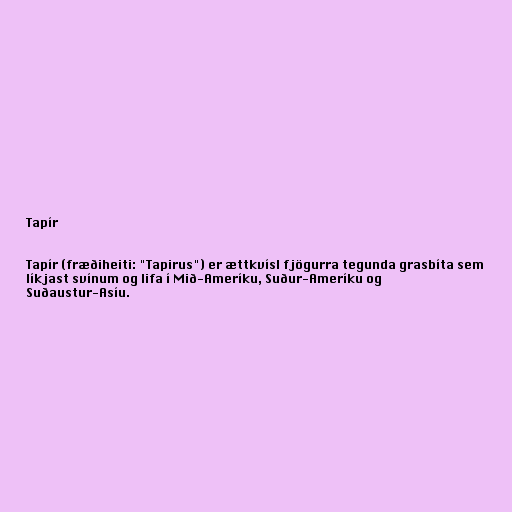
Tapír

Tapír (fræðiheiti: "Tapirus") er ættkvísl fjögurra tegunda grasbíta sem
líkjast svínum og lifa í Mið-Ameríku, Suður-Ameríku og
Suðaustur-Asíu.